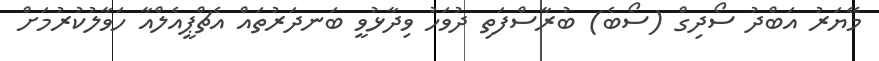
މޭޔަރު އަބްދު ސޯދިގް (ސޯބެ) ބުރާސްފަތި ދުވަހު ވިދާޅުވީ ބަނދަރުތައް އެޗްޕީއެލްއާ ހަވާލުކުރުމަށް